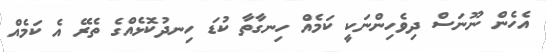
އެހެން ނޫނަސް ދިވެހިންނަކީ ކަމެއް ހިނގާތާ ކުޑަ ހިނދުކޮޅެއްގެ ތެރޭ އެ ކަމެއް